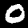
Label: 0